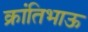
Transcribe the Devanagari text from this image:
क्रांतिभाऊ